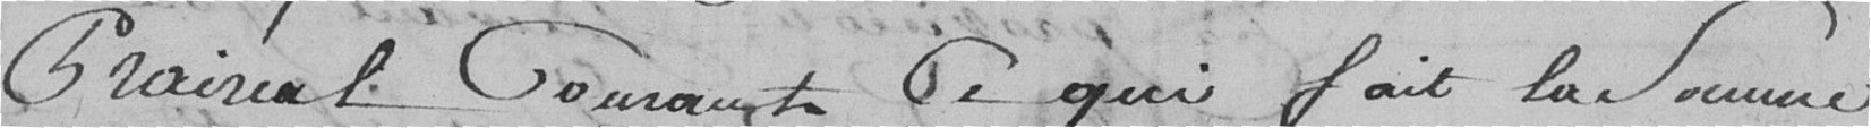
Prairial couvrant ce qui fait la somme